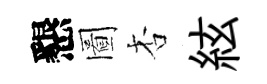
懇圖杏絃